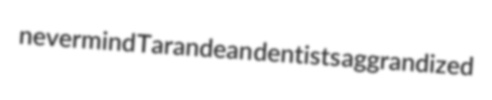
nevermind Tarandean dentists aggrandized